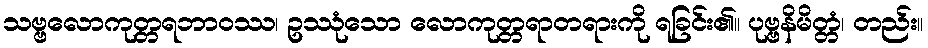
သဗ္ဗလောကုတ္တရဘာဝဿ၊ ဥဿုံသော လောကုတ္တရာတရားကို ရခြင်း၏။ ပုဗ္ဗနိမိတ္တံ၊ တည်း။